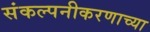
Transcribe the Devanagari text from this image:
संकल्पनीकरणाच्या